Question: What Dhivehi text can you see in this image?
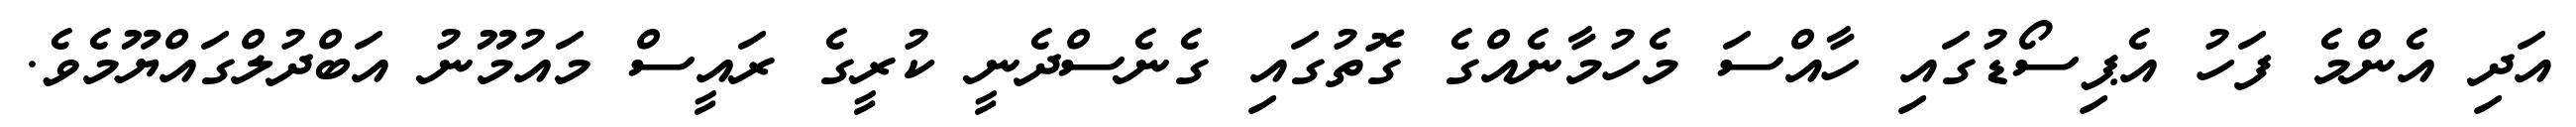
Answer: އަދި އެންމެ ފަހު އެޕިސޯޑުގައި ހާއްސަ މެހުމާނެއްގެ ގޮތުގައި ގެނެސްދެނީ ކުރީގެ ރައީސް މައުމޫނު އަބްދުލްގައްޔޫމެވެ.